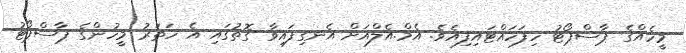
މީހެއްގެ ޕާސްޕޯޓު ހިފަހައްޓައިފިއެވެ. އެމް.އެލްއަށް އެނގިފައިވާ ގޮތުގައި އެ ހަތަރު މީހުންގެ ޕާސްޕޯޓު